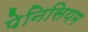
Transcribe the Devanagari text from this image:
पेनिसियम